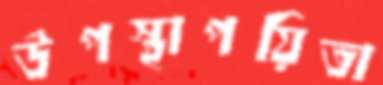
উপস্থাপয়িতা